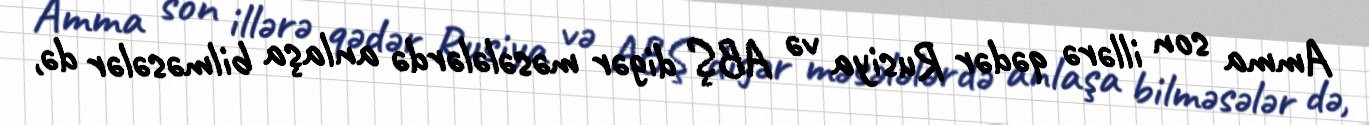
Amma son illərə qədər Rusiya və ABŞ digər məsələlərdə anlaşa bilməsələr də,